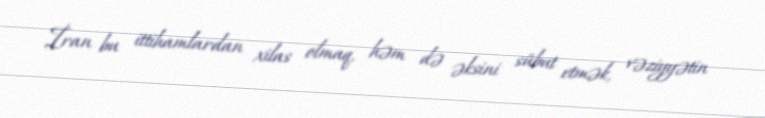
İran bu ittihamlardan xilas olmaq, həm də əksini sübut etmək, vəziyyətin